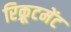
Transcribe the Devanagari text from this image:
रिक्रूटमेंट